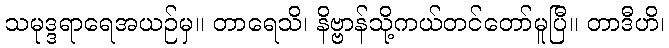
သမုဒ္ဒရာရေအယဉ်မှ။ တာရေသိ၊ နိဗ္ဗာန်သို့ကယ်တင်တော်မူပြီ။ တာဒီဟိ၊